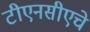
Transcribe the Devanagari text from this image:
टीएनसीएचे